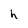
Character: h